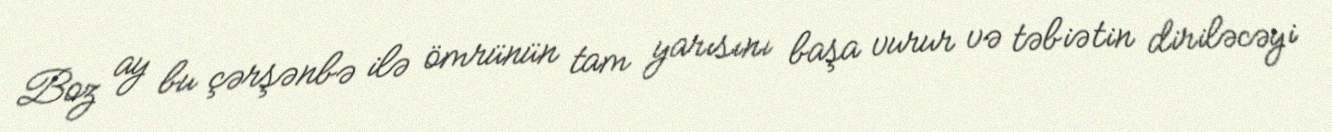
Boz ay bu çərşənbə ilə ömrünün tam yarısını başa vurur və təbiətin diriləcəyi